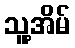
သူ့အိမ်